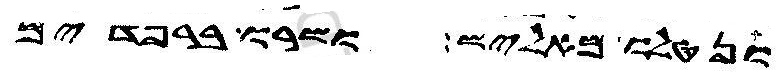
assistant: ונטלו מאליש ושרו ברפדים